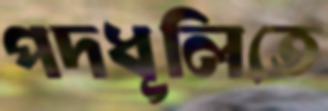
পদধূলিতে